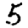
Digit: 5